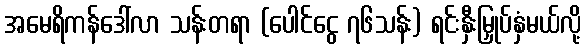
အမေရိကန်ဒေါ်လာ သန်းတရာ (ပေါင်ငွေ ၇၆သန်း) ရင်းနှီးမြှုပ်နှံမယ်လို့